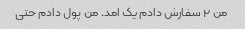
من ۲ سفارش دادم یک امد. من پول دادم حتی